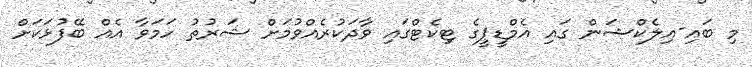
މި ބައި-އިލެކްޝަން ގައި އެމްޑީޕީގެ ޓިކެޓްގައި ވާދަކުރެއްވުމަށް ޝަރުތު ހަމަވާ އެއް ބޭފުޅަކަށް